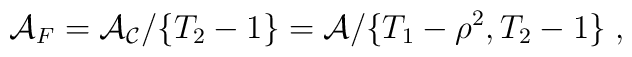
{\cal A}_F={\cal A_C}/\{ T_2-1\}={\cal A}/\{ T_1-\rho^2, T_2-1\}\;,